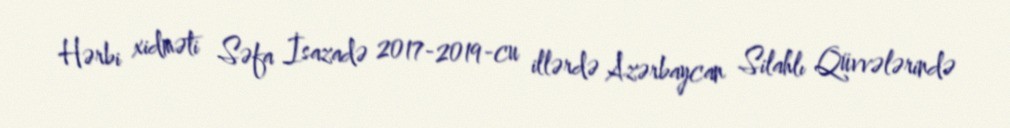
Hərbi xidməti Səfa İsazadə 2017-2019-cu illərdə Azərbaycan Silahlı Qüvvələrində